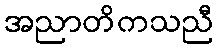
အညာတိကသညီ